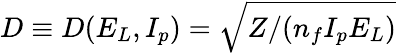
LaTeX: D\equiv D(E_{L},I_{p})=\sqrt{Z/(n_{f}{I_{p}}E_{L})}